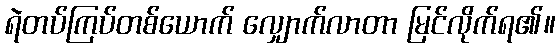
ရဲတပ်ကြပ်တစ်ယောက် လျှောက်လာတာ မြင်လိုက်ရ၏။